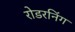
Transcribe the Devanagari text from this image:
रोडरनिंग